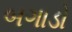
બગાડો